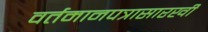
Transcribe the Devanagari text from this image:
वर्तमानपत्रासारखी